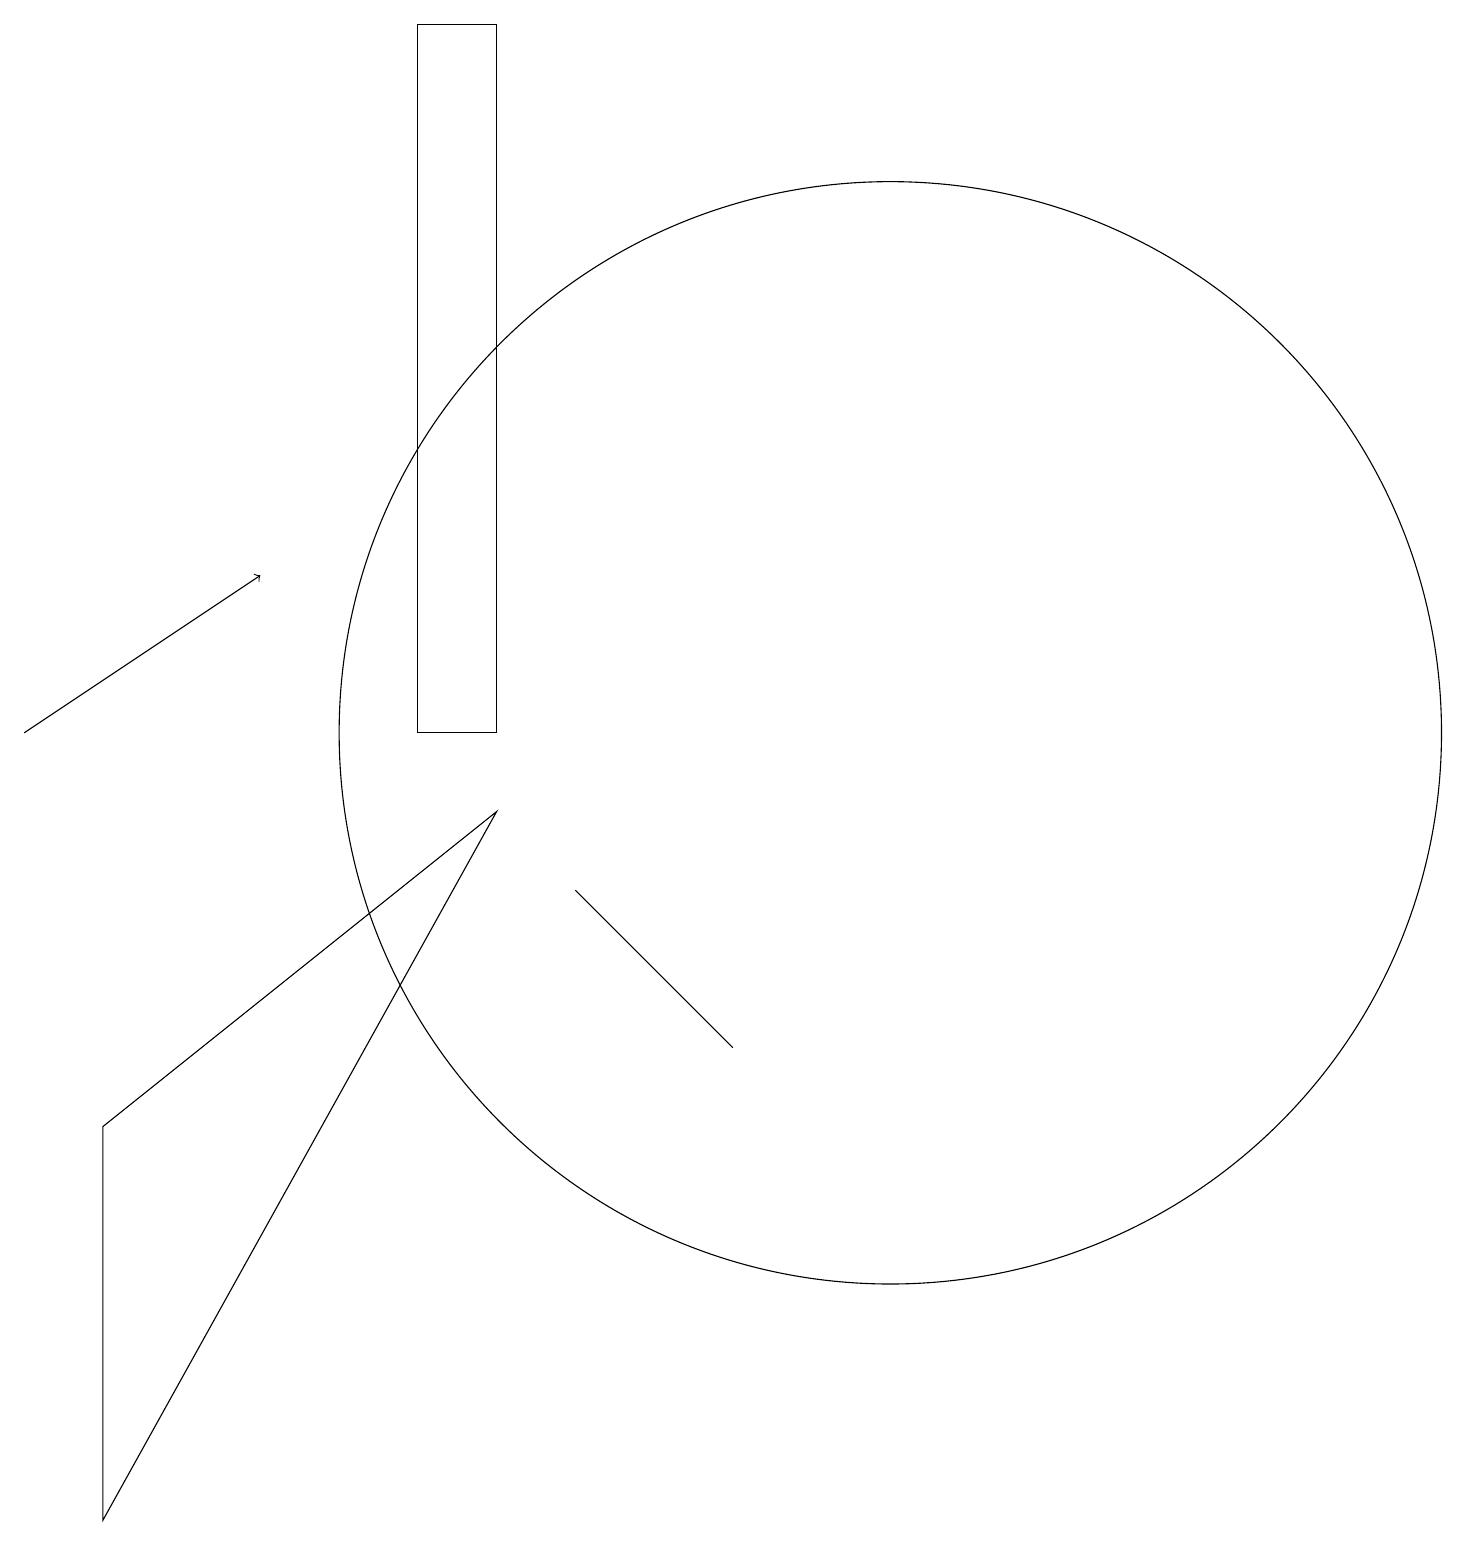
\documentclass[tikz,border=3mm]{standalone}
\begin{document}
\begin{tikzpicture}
\draw (6,10) rectangle (5,19);
\draw (1,0) -- (6,9) -- (1,5) -- cycle;
\draw (11,10) circle (7);
\draw[->] (0,10) -- (3,12);
\draw (9,6) -- (7,8) -- (8,7) -- cycle;
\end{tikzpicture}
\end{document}